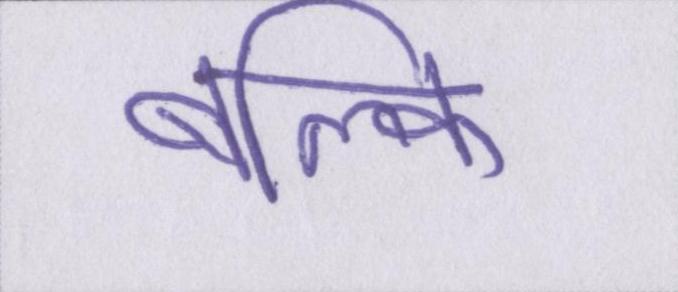
बल्कि